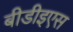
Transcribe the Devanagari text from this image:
बीडीइएस